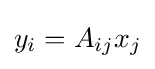
y_{i}=A_{ij}x_{j}